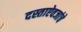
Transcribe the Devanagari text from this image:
दस्ताऐवजांचे